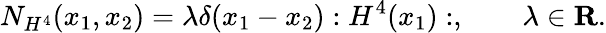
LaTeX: N_{H^{4}}(x_{1},x_{2})=\lambda\delta(x_{1}-x_{2}):H^{4}(x_{1}):,\quad\quad\lambda\in\mathbf{R}.